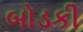
બોડકી